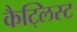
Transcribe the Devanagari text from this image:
कैट्लिस्ट